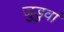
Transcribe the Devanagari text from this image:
जुडुवां